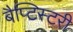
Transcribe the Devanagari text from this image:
बैप्टिस्टरी